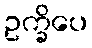
ဥက္ခိပေ